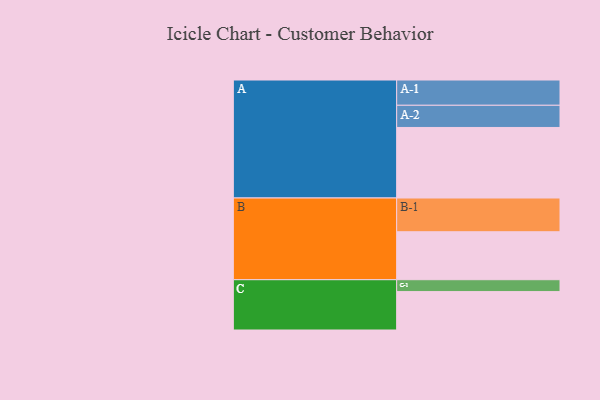
{"axis": {"x": "Segment", "y": "Value"}, "legend": ["", "A", "B", "C"], "data": [{"x": "A", "y": 575, "type": ""}, {"x": "B", "y": 391, "type": ""}, {"x": "C", "y": 313, "type": ""}, {"x": "A-1", "y": 206, "type": "A"}, {"x": "A-2", "y": 181, "type": "A"}, {"x": "B-1", "y": 275, "type": "B"}, {"x": "C-1", "y": 97, "type": "C"}]}